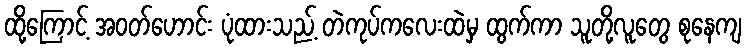
ထို့ကြောင့် အဝတ်ဟောင်း ပုံထားသည့် တဲကုပ်ကလေးထဲမှ ထွက်ကာ သူတို့လူတွေ စုနေကျ